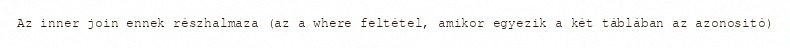
Az inner join ennek részhalmaza (az a where feltétel, amikor egyezik a két táblában az azonositó)